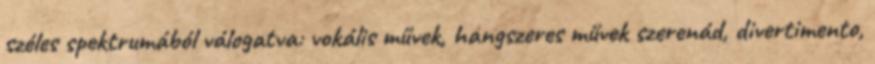
széles spektrumából válogatva: vokális művek, hangszeres művek szerenád, divertimento,